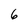
Character: 6